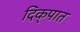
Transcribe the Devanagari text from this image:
दिक्‌पात